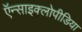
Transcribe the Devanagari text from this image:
ऍन्साइक्लोपीडिया